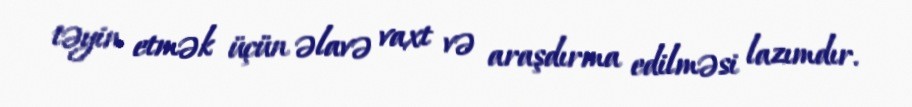
təyin etmək üçün əlavə vaxt və araşdırma edilməsi lazımdır.